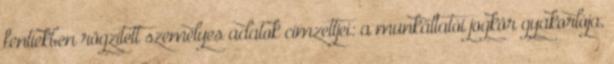
fentiekben rögzített személyes adatok címzettjei: a munkáltatói jogkör gyakorlója,